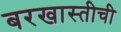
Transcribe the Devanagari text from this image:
बरखास्तीची